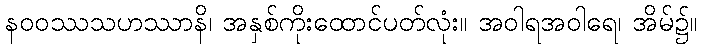
နဝဝဿသဟဿာနိ၊ အနှစ်ကိုးထောင်ပတ်လုံး။ အဝါရအဝါရေ၊ အိမ်၌။